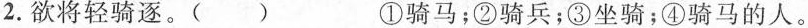
2.欲将轻\underset{·}{骑}逐。( ) ①骑马；②骑兵；③坐骑；④骑马的人。